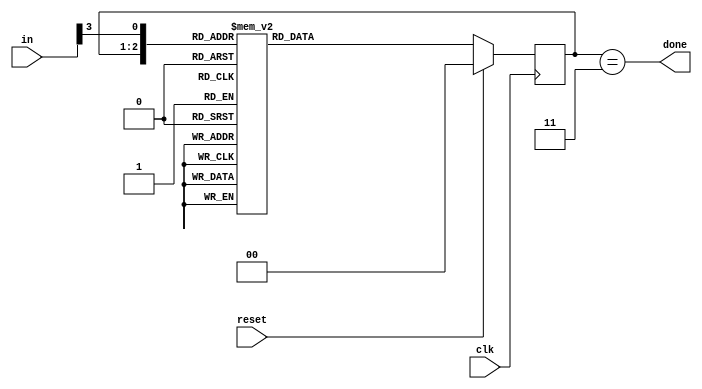
// This program was cloned from: https://github.com/Yvan-xy/verilog-doc
// License: GNU General Public License v2.0

module top_module(
    input clk,
    input [7:0] in,
    input reset,    // Synchronous reset
    output done); //

    parameter b1 = 2'd0, b2 = 2'd1, b3 = 2'd2, dn = 2'd3;
    reg	[1:0]	state, next_state;
    
    // State transition logic (combinational)
    always@(*) begin
        case({state, in[3]})
            {b1, 1'b0}:	next_state = b1;
            {b1, 1'b1}:	next_state = b2;
            {b2, 1'b0}:	next_state = b3;
            {b2, 1'b1}:	next_state = b3;
            {b3, 1'b0}:	next_state = dn;
            {b3, 1'b1}:	next_state = dn;
            {dn, 1'b0}:	next_state = b1;
            {dn, 1'b1}:	next_state = b2;
        endcase
    end
    // State flip-flops (sequential)
    always@(posedge clk) begin
        if(reset)
            state <= b1;
        else
            state <= next_state;
    end
    // Output logic
    assign	done = (state == dn);
    
endmodule